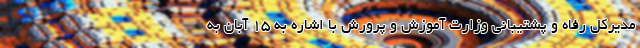
مدیرکل رفاه و پشتیبانی وزارت آموزش و پرورش با اشاره به ۱۵ آبان به